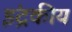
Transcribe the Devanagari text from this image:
इंद्रकीय